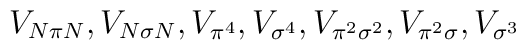
V_{N\pi N},V_{N\sigma N},V_{\pi ^{4}},V_{\sigma ^{4}},V_{\pi ^{2}\sigma^{2}},V_{\pi ^{2}\sigma },V_{\sigma ^{3}}